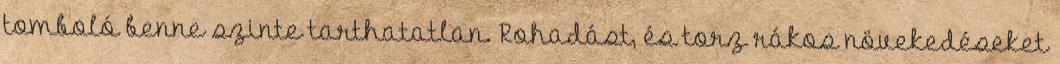
tomboló benne szinte tarthatatlan. Rohadást, és torz rákos növekedéseket